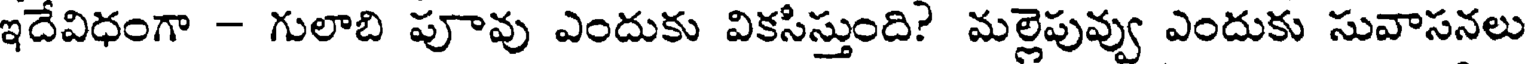
ఇదేవిధంగా - గులాబి పూవు ఎందుకు వికసిస్తుంది? మల్లెపువ్వు ఎందుకు సువాసనలు